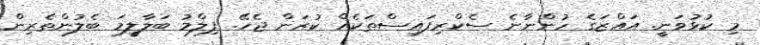
މި ކުޅުވަނީ. އައްޒަގެ ހުންނާނެ ސެކްރިފައިސްތަކެއް ކުރަން ޖެހޭ. ފިލްމު ބަލާލީމަ ބެލުންތެރިން